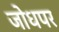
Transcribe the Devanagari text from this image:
जोधपर